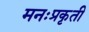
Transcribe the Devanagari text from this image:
मनःप्रकृती